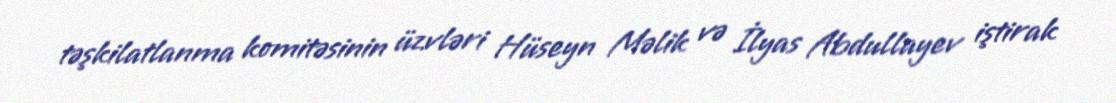
təşkilatlanma komitəsinin üzvləri Hüseyn Məlik və İlyas Abdullayev iştirak